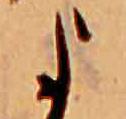
よ